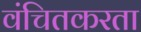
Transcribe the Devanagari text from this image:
वंचितकरता